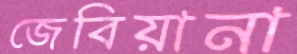
জেবিয়ানা